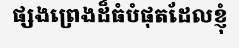
ផ្សងព្រេងដ៏ធំបំផុតដែលខ្ញុំ